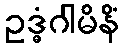
ဥဒ္ဓံဂါမိနိံ